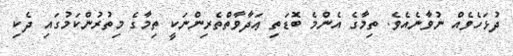
ދުޅަހެވެއް ނުވާނެއެވެ. ތިމާގެ އެންމެ ބޮޑަތި ޢަދާވާތްތެރިންނަކީ ތިމާގެ މިތުރުންކަމުގައި ދެކި